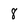
Character: 8